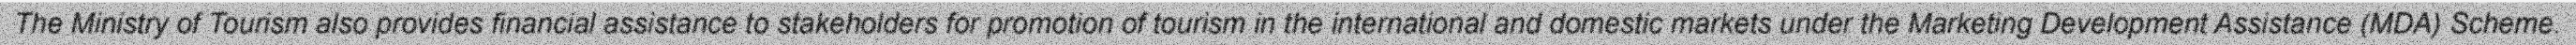
The Ministry of Tourism also provides financial assistance to stakeholders for promotion of tourism in the international and domestic markets under the Marketing Development Assistance (MDA) Scheme.